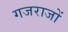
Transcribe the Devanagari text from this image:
गजराजों